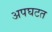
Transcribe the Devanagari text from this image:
अपघटत